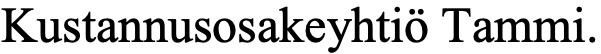
Kustannusosakeyhtiö Tammi.